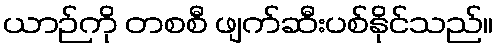
ယာဉ်ကို တစစီ ဖျက်ဆီးပစ်နိုင်သည်။